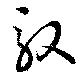
馭